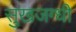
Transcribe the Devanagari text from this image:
सुखजग्धी